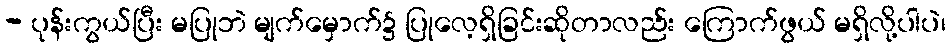
- ပုန်းကွယ်ပြီး မပြုဘဲ မျက်မှောက်၌ ပြုလေ့ရှိခြင်းဆိုတာလည်း ကြောက်ဖွယ် မရှိလို့ပါပဲ၊